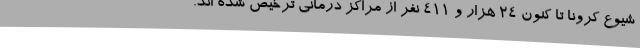
شیوع کرونا تا کنون 24 هزار و 411 نفر از مراکز درمانی ترخیص شده اند.